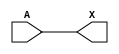
module sky130_fd_sc_hvl__schmittbuf_2 (
    X,
    A
);
    output X;
    input  A;
    wire buf0_out_X;
    buf buf0 (buf0_out_X, A              );
    buf buf1 (X         , buf0_out_X     );
endmodule